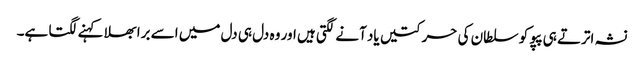
نشہ اترتے ہی پپو کو سلطان کی حرکتیں یاد آنے لگتی ہیں اور وہ دل ہی دل میں اسے برا بھلا کہنے لگتا ہے۔